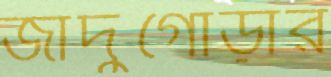
জাদুগোড়ার